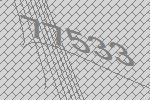
77533